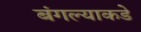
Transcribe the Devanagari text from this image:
बंगल्याकडे